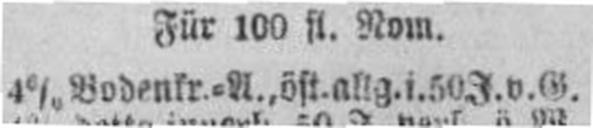
4% Bodenkr.=A., öst. allg. i. 50 J. v. G.